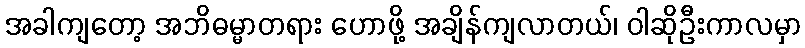
အခါကျတော့ အဘိဓမ္မာတရား ဟောဖို့ အချိန်ကျလာတယ်၊ ဝါဆိုဦးကာလမှာ